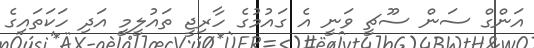
އަންގް ސަން ސޫޗީ ވަނީ އެ ގައުމުގެ ހާރިޖީ ތައުލީމީ އަދި ހަކަތައިގެ